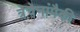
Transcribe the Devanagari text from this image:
त्रेचेनांपैकी